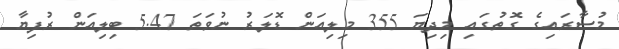
މުސާރައިގެ ގޮތުގައި މިދިޔަ 355 މިލިއަން ޑޮލަރު ނުވަތަ 5.47 ބިލިއަން ރުފިޔާ